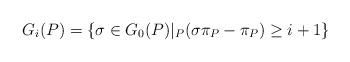
LaTeX: \begin{align*} G_i(P) = \{ \sigma \in G_0(P) | _P(\sigma \pi_P - \pi_P) \geq i+1\}\end{align*}